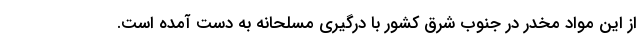
از این مواد مخدر در جنوب شرق کشور با درگیری مسلحانه به دست آمده است.